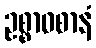
ဥစ္စာဝစာနံ